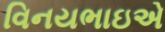
વિનયભાઇએ